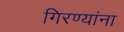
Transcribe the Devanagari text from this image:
गिरण्यांना